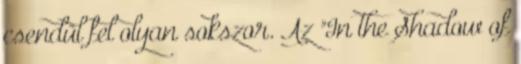
csendül fel olyan sokszor. Az "In the Shadow of